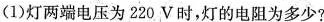
(1)灯两端电压为220 V时，灯的电阻为多少?